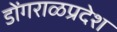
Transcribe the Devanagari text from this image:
डोंगराळप्रदेश